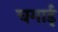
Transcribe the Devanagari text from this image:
चगाई